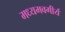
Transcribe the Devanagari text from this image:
मध्यमवगीर्य